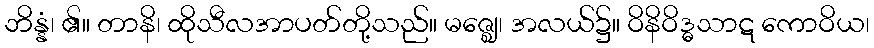
ဘိန္နံ၊ ၏။ တာနိ၊ ထိုသီလအာပတ်တို့သည်။ မဇ္ဈေ၊ အလယ်၌။ ဝိနိဝိဒ္ဓသာဋ ကောဝိယ၊